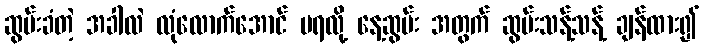
ဆွမ်းခံတဲ့ အခါလဲ လုံလောက်အောင် မရလို့ နေ့ဆွမ်း အတွက် ဆွမ်းသန့်သန့် ချန်ထား၍